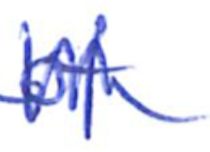
Text: of
Cross-out: zig-zag
Writing tool: ballpoint